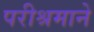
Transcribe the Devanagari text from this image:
परीश्रमाने